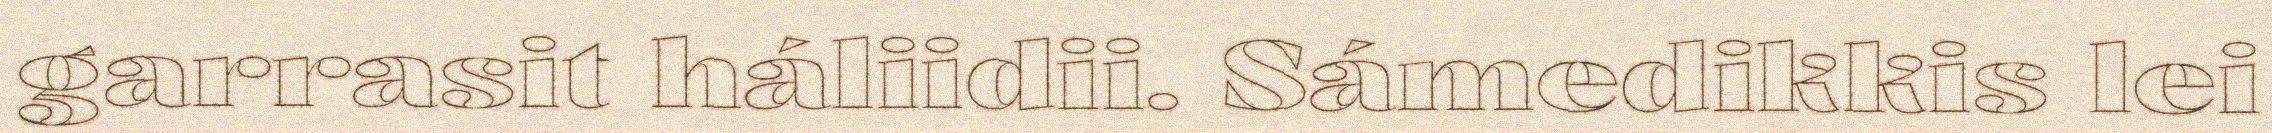
garrasit háliidii. Sámedikkis lei